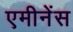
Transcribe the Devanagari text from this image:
एमीनेंस